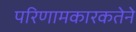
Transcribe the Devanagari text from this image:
परिणामकारकतेने